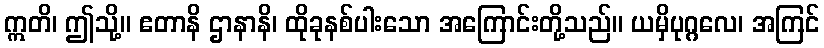
ဣတိ၊ ဤသို့။ ဧတာနိ ဌာနာနိ၊ ထိုခုနစ်ပါးသော အကြောင်းတို့သည်။ ယမှိပုဂ္ဂလေ၊ အကြင်